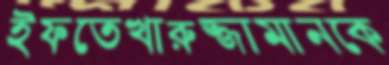
ইফতেখারুজ্জামানকে